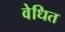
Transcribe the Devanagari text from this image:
वेधित